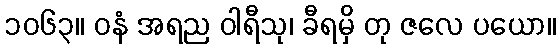
၁၀၆၃။ ဝနံ အရည ဝါရီသု၊ ခီရမှိ တု ဇလေ ပယော။